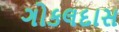
ગોકલદાસ